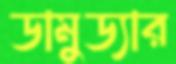
ডামুড্যার